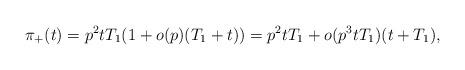
LaTeX: \begin{align*} \pi_+(t) = p^2tT_1(1+o(p)(T_1+t))=p^2tT_1 + o(p^3tT_1)(t+T_1),\end{align*}